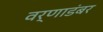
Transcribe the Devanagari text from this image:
वर्णाडंबर